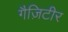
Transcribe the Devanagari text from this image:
गैज़िटीर